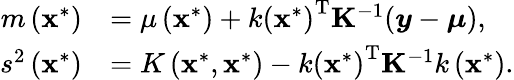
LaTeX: \begin{array}{rl}{m\left(\mathbf{x}^{*}\right)}&{=\mu\left(\mathbf{x}^{*}\right)+k\left(\mathbf{x}^{*}\right)^{\mathrm{T}}\mathbf{K}^{-1}(\boldsymbol{y}-\boldsymbol{\mu}),}\\ {s^{2}\left(\mathbf{x}^{*}\right)}&{=K\left(\mathbf{x}^{*},\mathbf{x}^{*}\right)-k\left(\mathbf{x}^{*}\right)^{\mathrm{T}}\mathbf{K}^{-1}k\left(\mathbf{x}^{*}\right).}\end{array}